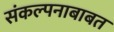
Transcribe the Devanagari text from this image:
संकल्पनाबाबत